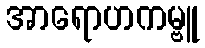
အာရောဟကမ္ဗူ